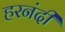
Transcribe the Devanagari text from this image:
हरनंदी